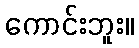
ကောင်းဘူး။